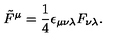
\tilde { F } ^ { \mu } = { \frac { 1 } { 4 } } \epsilon _ { \mu \nu \lambda } F _ { \nu \lambda } .